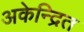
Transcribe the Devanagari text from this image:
अकेन्द्रित